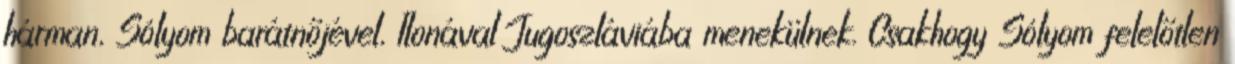
hárman, Sólyom barátnőjével, Ilonával Jugoszláviába menekülnek. Csakhogy Sólyom felelőtlen